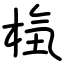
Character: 𣒻